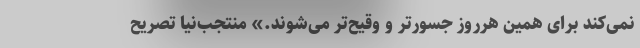
نمی‌کند برای همین هرروز جسورتر و وقیح‌تر می‌شوند.» منتجب‌نیا تصریح